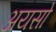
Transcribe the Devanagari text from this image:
अयसो